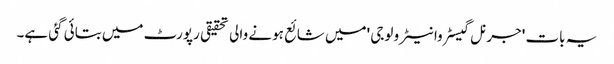
یہ بات 'جرنل گیسٹروانیٹرو لوجی 'میں شائع ہونے والی تحقیقی رپورٹ میں بتائی گئی ہے۔